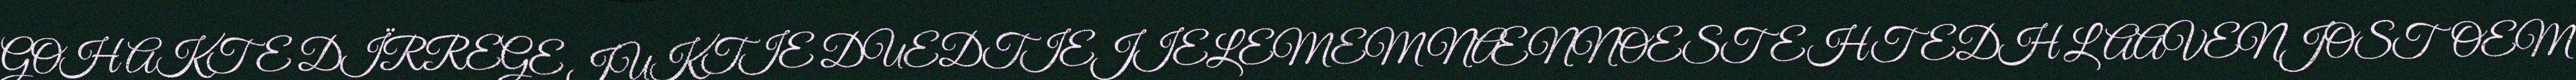
GOH AKTE DÏRREGE JUKTIE DUEDTIEJIELEMEM NÆNNOESTEHTEDH LAAVENJOSTOEM